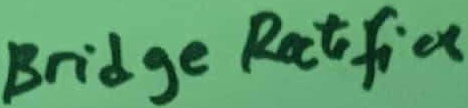
Text: Bridge Ractifier